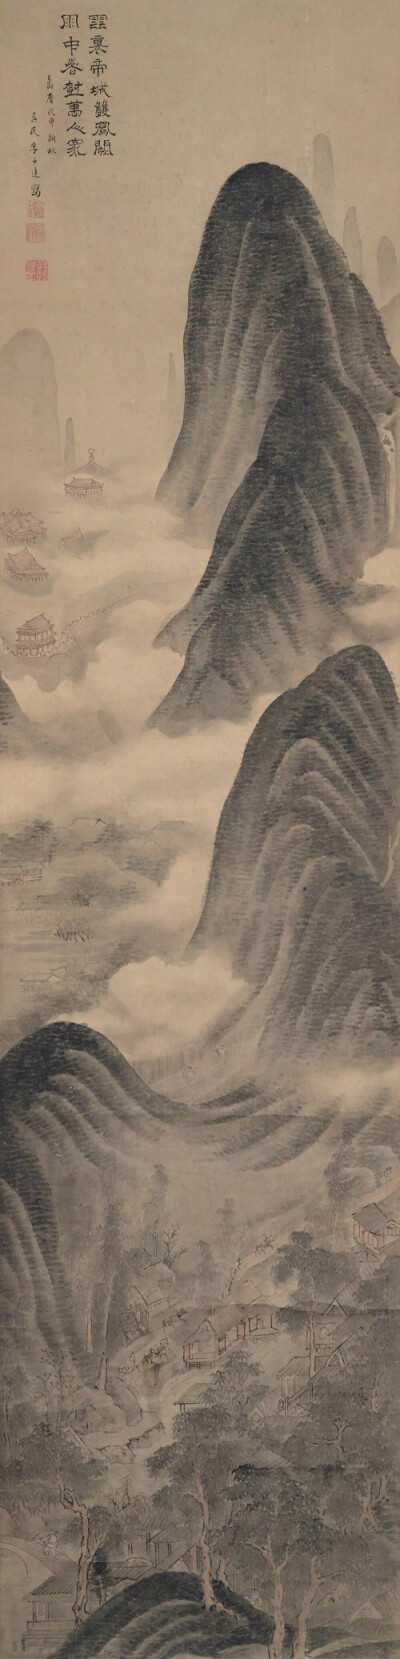
云里帝城双凤阙，雨中春树万人家。